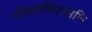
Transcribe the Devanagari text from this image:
जीवकचिंतामणि